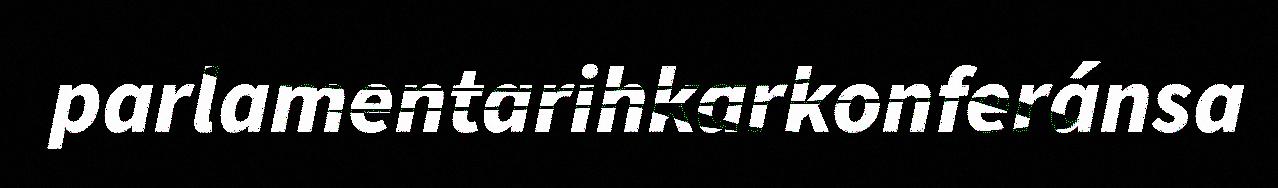
parlamentarihkarkonferánsa